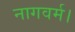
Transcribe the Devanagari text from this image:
नागवर्म।